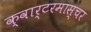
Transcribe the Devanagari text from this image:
क्वार्टरमास्चर